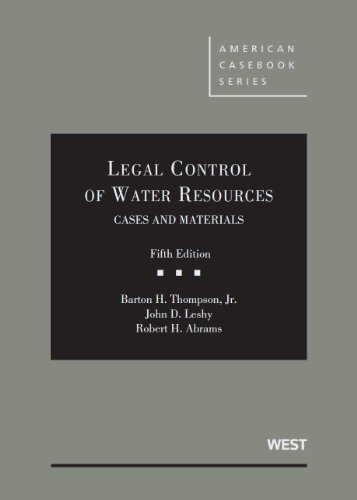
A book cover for Legal Control of Water Resources (American Casebook Series); Barton Thompson Jr; Law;